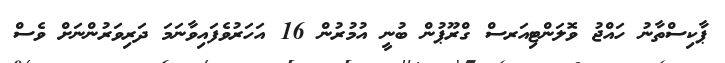
ޕާކިސްތާނު ހައްޖު ވޮލަންޓިއަރސް ގްރޫޕުން ބުނީ އުމުރުން 16 އަހަރުވެފައިވާނަމަ ދަރިވަރުންނަށް ވެސް